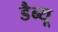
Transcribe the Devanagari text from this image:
डैब्यू